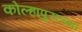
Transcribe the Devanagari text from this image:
कोल्हापुराच्या